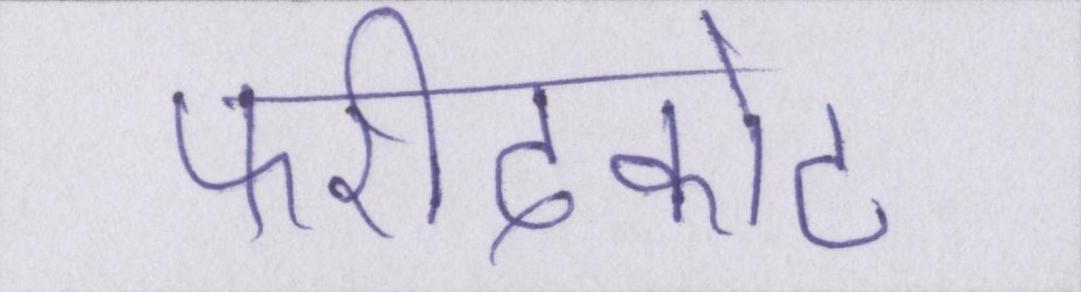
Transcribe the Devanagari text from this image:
फरीदकोट